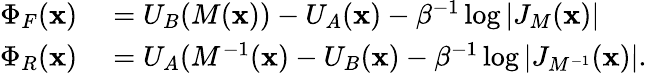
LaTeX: \begin{array}{rl}{\Phi_{F}(\mathbf{x})}&{{}=U_{B}(M(\mathbf{x}))-U_{A}(\mathbf{x})-\beta^{-1}\log{\left|{J_{M}(\mathbf{x})}\right|}}\\ {\Phi_{R}(\mathbf{x})}&{{}=U_{A}(M^{-1}(\mathbf{x})-U_{B}(\mathbf{x})-\beta^{-1}\log{\left|{J_{M^{-1}}(\mathbf{x})}\right|}.}\end{array}